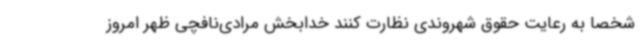
شخصا به رعایت حقوق شهروندی نظارت کنند خدابخش مرادی‌نافچی ظهر امروز